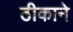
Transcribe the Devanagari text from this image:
ठीकाने